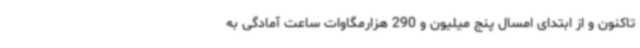
تاکنون و از ابتدای امسال پنج میلیون و 290 هزارمگاوات ساعت آمادگی به